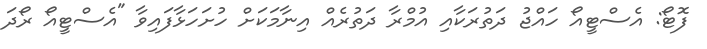
ފޮޓޯ: އެސްޓީއޯ ހައްޖު ދަތުރަކާއި އުމްރާ ދަތުރެއް އިނާމަކަށް ހުށަހަޅާފައިވާ "އެސްޓީއޯ ރޯދަ